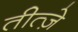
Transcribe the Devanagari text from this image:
तीत्ज़े